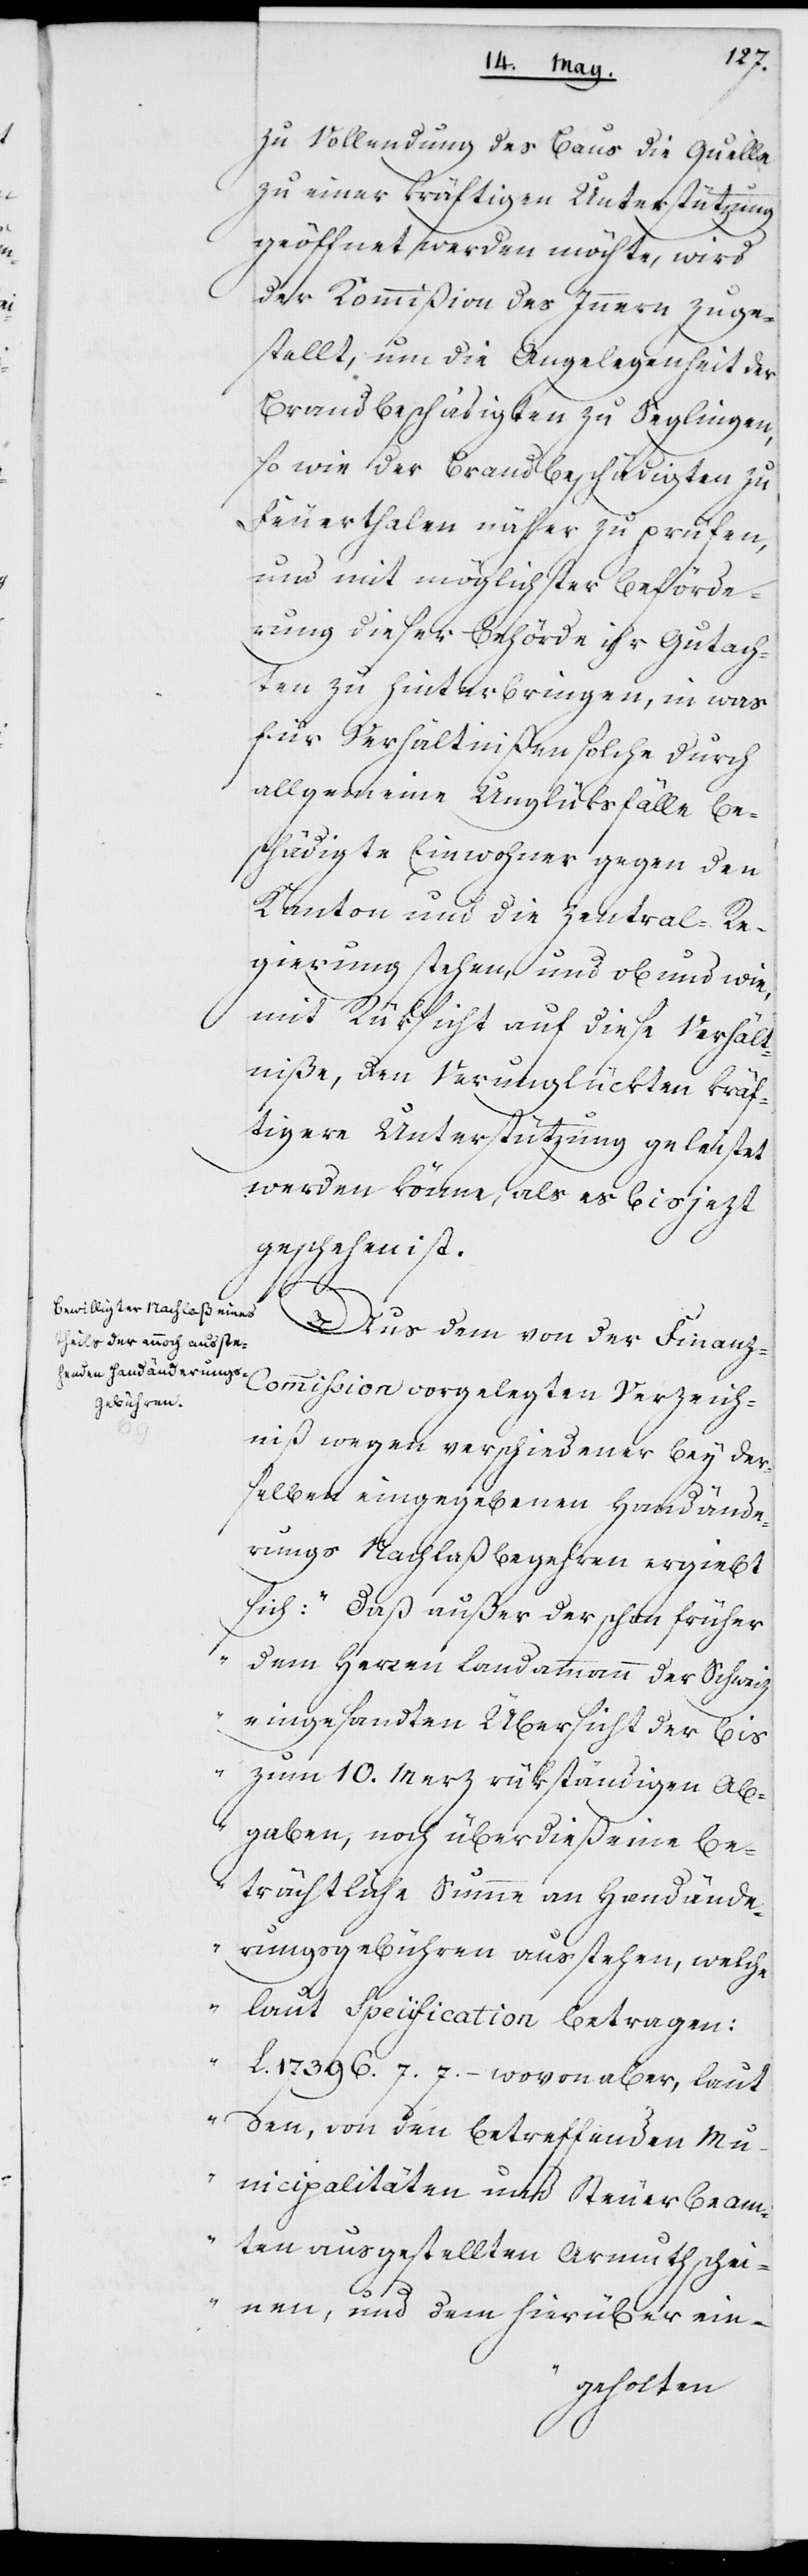
zu Vollendung des Baus die Quelle
zu einer kräftigen Unterstützung
geöffnet werden möchte, wird
der Kommißion des Innern zuge¬
stellt, um die Angelegenheit der
Brandbeschädigten zu Seglingen,
so wie der Brandbeschädigten zu
Feuerthalen näher zu prüfen,
und mit möglichster Beförde¬
rung dieser Behörde ihr Gutach¬
ten zu hinterbringen, in was
für Verhältnißen solche durch
allgemeine Unglüksfälle be¬
schädigte Einwohner gegen den
Kanton und die Zentral-Re¬
gierung stehen, und ob und wie,
mit Rüksicht auf diese Verhält¬
niße, den Verunglückten kräf¬
tigere Unterstützung geleistet
werden könne, als es bis jetzt
geschehen ist.
Aus dem von der Finanz-C¬
ommißion vorgelegten Verzeich¬
niß wegen verschiedener bey der¬
selben eingegebenen Handände¬
rungs Nachlaßbegehren ergiebt
sich: „Daß außer der schon früher
dem Herren Landammann der Schweiz
eingesandten Übersicht der bi¬
s zum 10. Merz rükständigen Ab¬
gaben, noch überdieß eine be¬
trächtliche Summe an Handände¬
rungsgebühren ausstehen, welche
laut Specification betragen:
L. 17396.7.7, – wovon aber, laut
den von den betreffenden Mu¬
nicipalitäten und Steuerbeam¬
ten ausgestellten Armuthschei¬
nen, und dem hierüber ein-